system: You are a helpful assistant.
user:
Analyze the provided spectrum to determine if it is a **"Cataclysmic Variables (CV)"**.

- **Key Indicators for CV (Check for either state):**
    - **State 1: Quiescent / Low-State (Emission-Dominated)**
        - **(Primary):** Strong and *very broad* Hydrogen Balmer emission lines (e.g., $H\alpha$ at 6563 Å, $H\beta$ at 4861 Å). The 'broadness' (high velocity dispersion, often FWHM > 1000 km/s) is the key diagnostic, indicating a high-velocity accretion disk.
        - **(Secondary):** Broad neutral Helium (He I) emission lines (e.g., 5876 Å, 6678 Å).
        - **(Key Confirmation):** Presence of high-excitation *ionized* Helium (He II) emission at 4686 Å. This is a strong indicator of accretion onto a white dwarf.
        - **(Line Profile):** Emission lines may exhibit a 'double-peaked' profile, which is a classic signature of a rotating accretion disk viewed at high inclination.

    - **State 2: Outburst / High-State (Absorption-Dominated)**
        - **(Primary):** Spectrum is dominated by a bright, blue continuum (looks like a hot star).
        - **(Secondary):** The emission lines from State 1 are weak, absent, or 'filled in', and are replaced by broad, shallow *absorption* lines (primarily Balmer and He I).
        - **(Morphology):** The overall spectrum mimics a hot B/A-type star. The crucial difference is that the absorption lines are significantly broader, shallower, and more 'washed-out' (or 'smeared') than the sharp lines of a normal stellar photosphere, due to high rotational speeds and pressure broadening in the disk.

Think first, call **spectral_visualization_tool** if needed to examine features in detail, then provide your final answer. Your response must adhere to the following strict rules:
1.  **Overall Structure:** Your response must follow the format `<think>...</think> <tool_call>...</tool_call> (if a tool is used) <answer>...</answer>`.
2.  **Tool Usage Constraint:** You may only make **one** tool call per turn.
3.  **Final Answer Format:** In the `<answer>` tag, your conclusion must be inside a `\boxed{}` command (e.g., `\boxed{YES}`), followed by your justification.

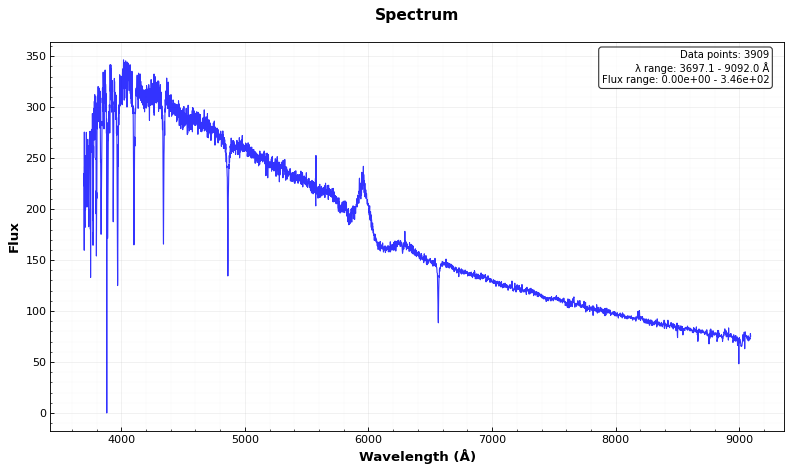
Answer: NO